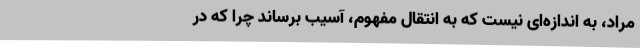
مراد، به اندازه‌ای نیست که به انتقال مفهوم، آسیب برساند چرا که در